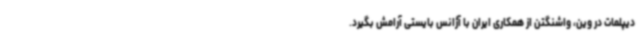
دیپلمات در وین، واشنگتن از همکاری ایران با آژانس بایستی آرامش بگیرد.